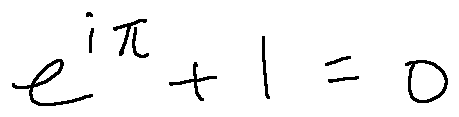
e ^ { i \pi } + 1 = 0